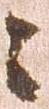
々